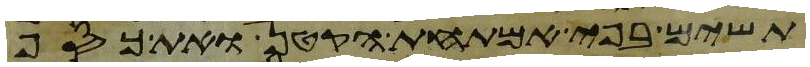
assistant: תשים בפי אמתחת הקטן ואת כסף